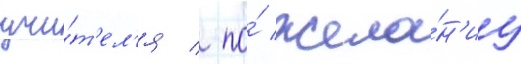
учи́т'ел'я / по́ жела́н'иу